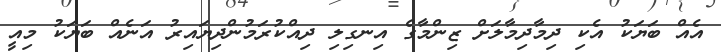
އެއް ބަޔަކު އެކި ދިމާދިމާލަށް ޒިންމާގެ އިނގިލި ދިއްކުރަމުންދިޔައިރު އަނެއް ބަޔަކު މިއީ